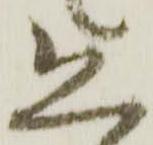
恐